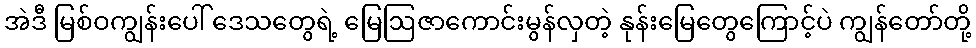
အဲဒီ မြစ်ဝကျွန်းပေါ် ဒေသတွေရဲ့ မြေဩဇာကောင်းမွန်လှတဲ့ နုန်းမြေတွေကြောင့်ပဲ ကျွန်တော်တို့